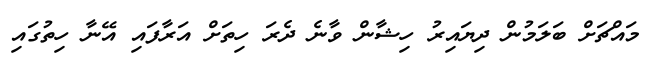
މައްޗަށް ބަލަމުން ދިޔައިރު ހިޝާން ވާނެ ދެރަ ހިތަށް އަރާފައި އޭނާ ހިތުގައި